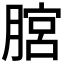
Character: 𦞨